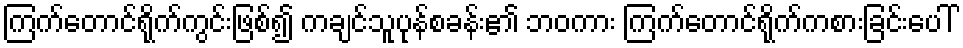
ကြက်တောင်ရိုက်ကွင်းဖြစ်၍ ကချင်သူပုန်စခန်း၏ ဘဝကား ကြက်တောင်ရိုက်ကစားခြင်းပေါ်